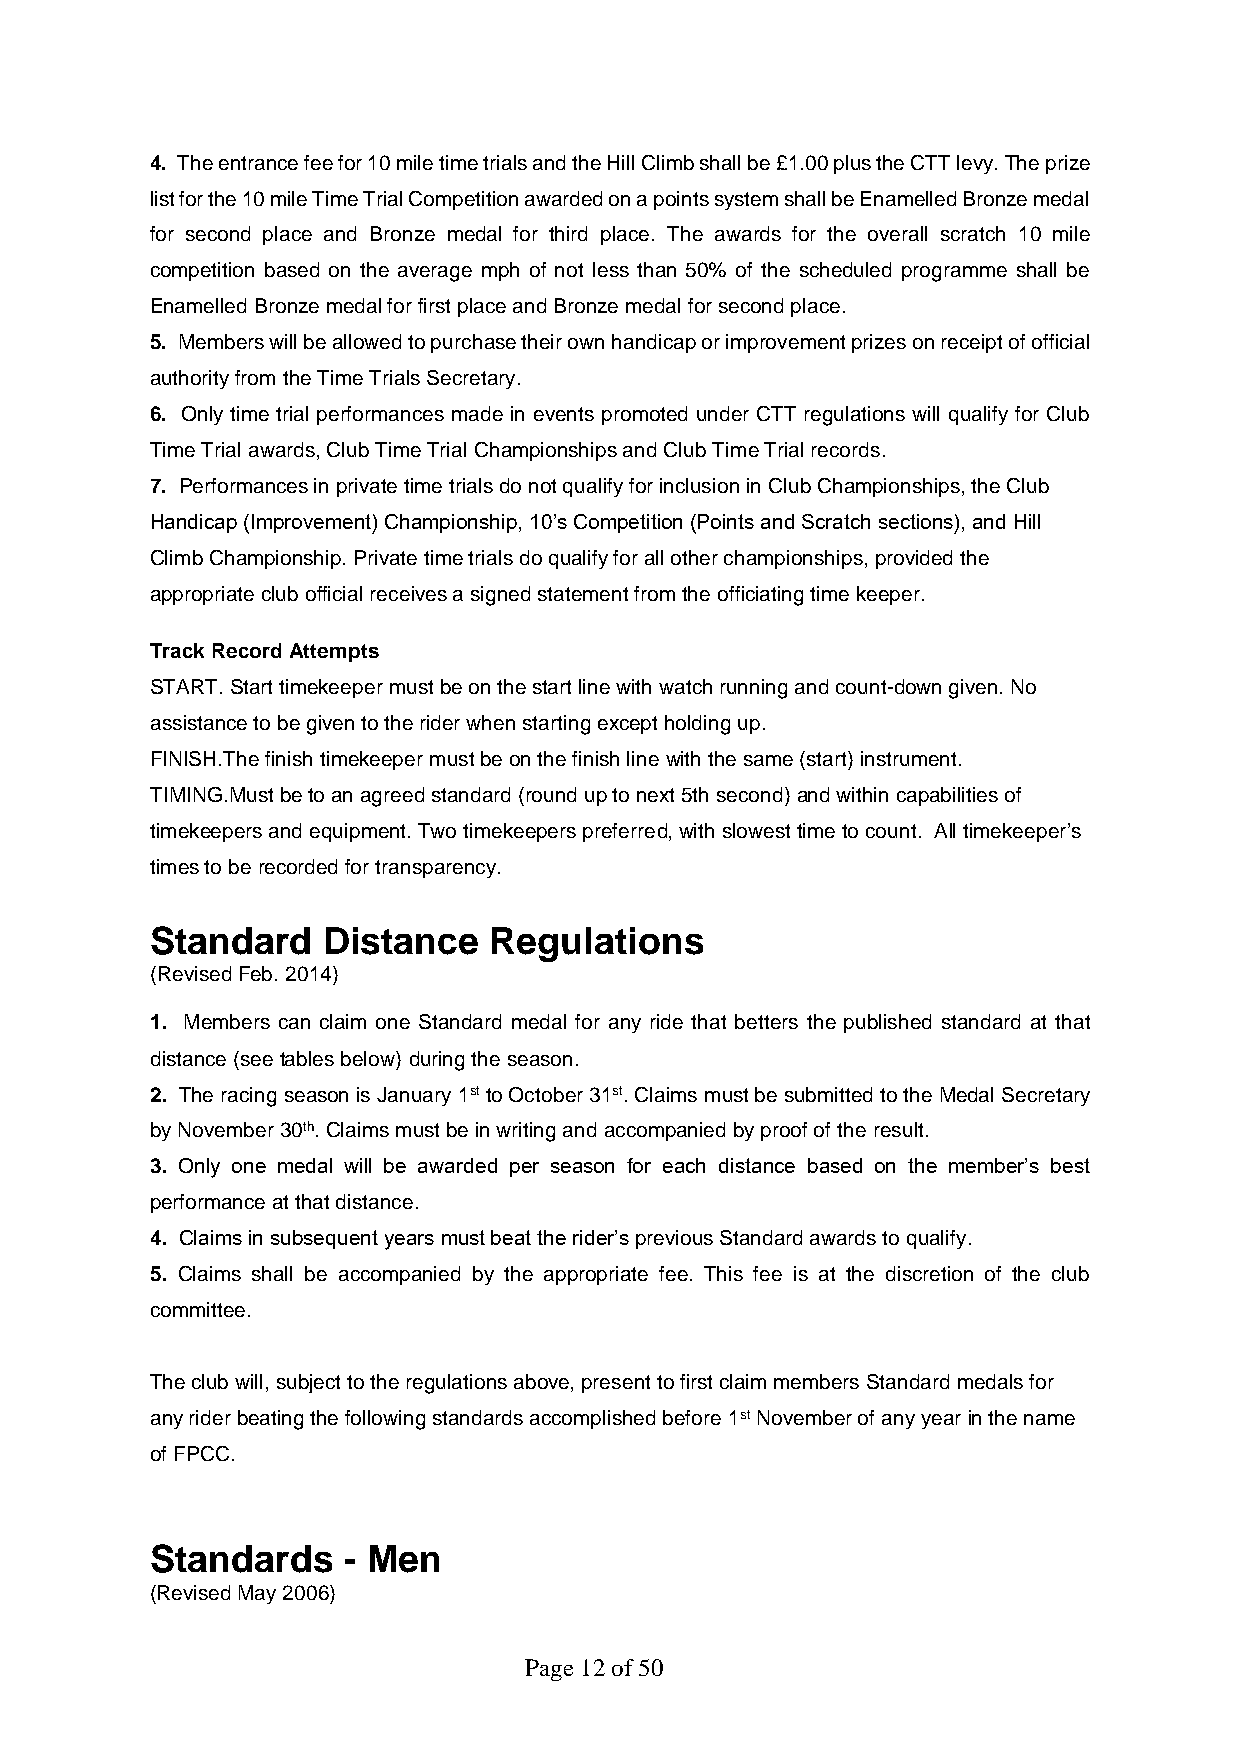
4. The entrance fee for 10 mile time trials and the Hill Climb shall be £1.00 plus the CTT levy. The prize
 list for the 10 mile Time Trial Competition awarded on a points system shall be Enamelled Bronze medal
 for second place and Bronze medal for third place. The awards for the overall scratch 10 mile
 competition based on the average mph of not less than 50% of the scheduled programme shall be
 Enamelled Bronze medal for first place and Bronze medal for second place.
 5. Members will be allowed to purchase their own handicap or improvement prizes on receipt of official
 authority from the Time Trials Secretary.
 6. Only time trial performances made in events promoted under CTT regulations will qualify for Club
 Time Trial awards, Club Time Trial Championships and Club Time Trial records.
 7. Performances in private time trials do not qualify for inclusion in Club Championships, the Club
 Handicap (Improvement) Championship, 10’s Competition (Points and Scratch sections), and Hill
 Climb Championship. Private time trials do qualify for all other championships, provided the
 appropriate club official receives a signed statement from the officiating time keeper.
 Track Record Attempts
 START. Start timekeeper must be on the start line with watch running and count-down given. No
 assistance to be given to the rider when starting except holding up.
 FINISH.The finish timekeeper must be on the finish line with the same (start) instrument.
 TIMING.Must be to an agreed standard (round up to next 5th second) and within capabilities of
 timekeepers and equipment. Two timekeepers preferred, with slowest time to count. All timekeeper’s
 times to be recorded for transparency.
 Standard   Distance   Regulations
 (Revised Feb. 2014)
 1. Members can claim one Standard medal for any ride that betters the published standard at that
 distance (see tables below) during the season.
 2. The racing season is January 1st to October 31st. Claims must be submitted to the Medal Secretary
 by November 30th. Claims must be in writing and accompanied by proof of the result.
 3. Only one medal will be awarded per season for each distance based on the member’s best
 performance at that distance.
 4. Claims in subsequent years must beat the rider’s previous Standard awards to qualify.
 5. Claims shall be accompanied by the appropriate fee. This fee is at the discretion of the club
 committee.
 The club will, subject to the regulations above, present to first claim members Standard medals for
 any rider beating the following standards accomplished before 1st November of any year in the name
 of FPCC.
 Standards    - Men
 (Revised May 2006)
 Page 12 of 50